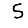
Digit: 5